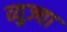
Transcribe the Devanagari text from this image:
व्युज्या